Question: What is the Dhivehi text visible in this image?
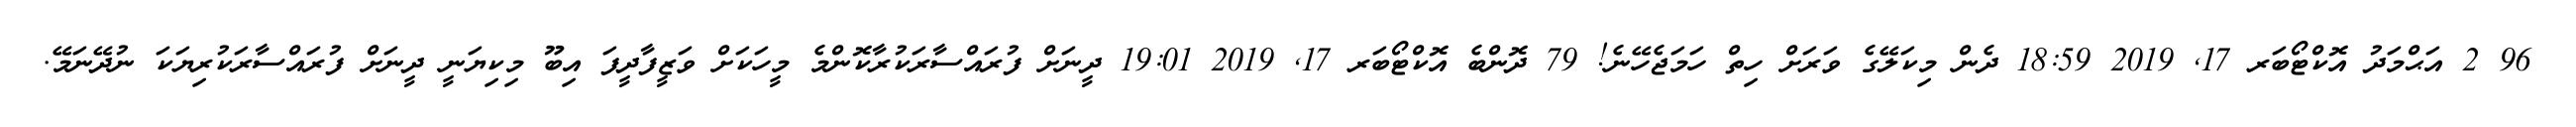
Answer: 96 2 އަޙްމަދު އޮކްޓޯބަރ 17, 2019 18:59 ދެން މިކަލޭގެ ވަރަށް ހިތް ހަމަޖެހޭނެ! 79 ދޮންބެ އޮކްޓޯބަރ 17, 2019 19:01 ދީނަށް ފުރައްސާރަކުރާކޮންމެ މީހަކަށް ވަޒީފާދީފަ އިބޫ މިކިޔަނީ ދީނަށް ފުރައްސާރަކުރިޔަކަ ނުދޭނަމޭ.